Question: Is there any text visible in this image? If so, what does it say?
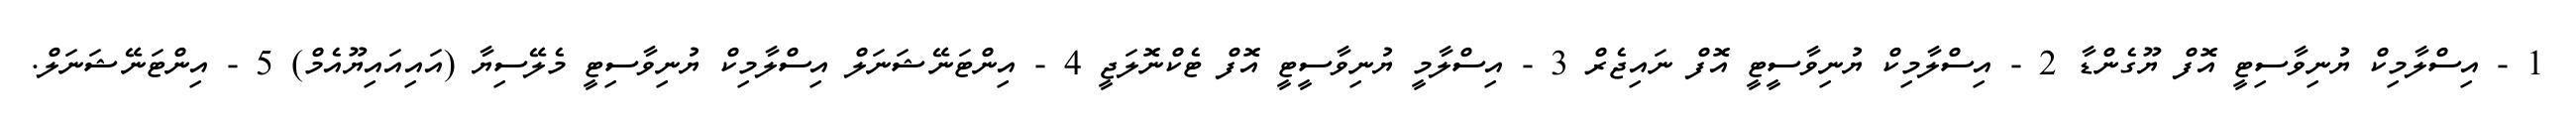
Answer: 1 - އިސްލާމިކް ޔުނިވާސިޓީ އޮފް ޔޫގެންޑާ 2 - އިސްލާމިކް ޔުނިވާސީޓީ އޮފް ނައިޖެރް 3 - އިސްލާމީ ޔުނިވާސީޓީ އޮފް ޓެކްނޮލަޖީ 4 - އިންޓަނޭޝަނަލް އިސްލާމިކް ޔުނިވާސިޓީ މެލޭސިޔާ (އައިއައިޔޫއެމް) 5 - އިންޓަނޭޝަނަލް.